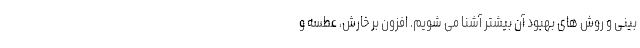
بینی و روش های بهبود آن بیشتر آشنا می شویم. افزون بر خارش، عطسه و